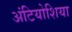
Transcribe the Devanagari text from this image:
अंटियोशिया